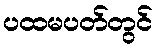
ပထမပတ်တွင်